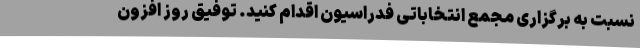
نسبت به برگزاری مجمع انتخاباتی فدراسیون اقدام کنید. توفیق روز افزون